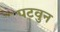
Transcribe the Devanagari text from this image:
पटवुन